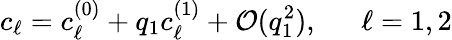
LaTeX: c_{\ell}=c_{\ell}^{(0)}+q_{1}c_{\ell}^{(1)}+\mathcal{O}(q_{1}^{2}),~~~~~~\ell=1,2